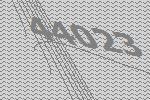
44023